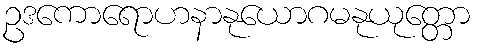
ဥဒကောရောဟနာနုယောဂမနုယုတ္တော